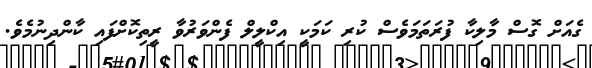
ގެއަށް ގޮސް މާލިކާ ފުރަތަމަވެސް ކުރި ކަމަކީ އިކްލީލް ފެންވަރުވާ ރީތިކޮށްފައި ކާންދިނުމެވެ.